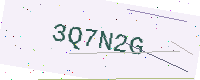
Text: 3Q7N2G